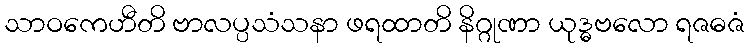
သာဝကေဟီတိ ဗာလပ္ပသံသနာ ဖရထာတိ နိဂ္ဂုဏာ ယုဒ္ဓဗလော ရဇဓဇံ